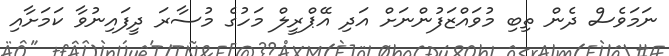
ނަމަވެސް ދެން ތިިބި މުވައްޒަފުންނަށް އަދި އޭޕްރީލް މަހުގެ މުސާރަ ދީފައިނުވާ ކަމަށާއި